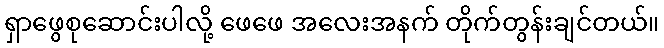
ရှာဖွေစုဆောင်းပါလို့ ဖေဖေ အလေးအနက် တိုက်တွန်းချင်တယ်။